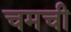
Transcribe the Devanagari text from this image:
चमची